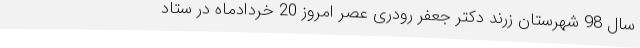
سال 98 شهرستان زرند دکتر جعفر رودری عصر امروز 20 خردادماه در ستاد